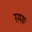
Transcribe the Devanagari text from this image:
स्मरू